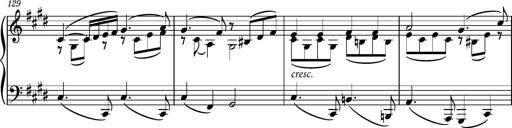
Title: Piano Sonatina No.6
Composer: Dimitri Sykias
Key: A major